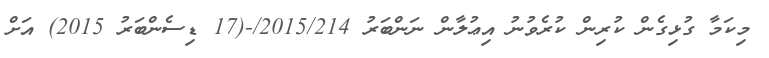
މިކަމާ ގުޅިގެން ކުރިން ކުރެވުނު އިޢުލާން ނަންބަރު 2015/214/-(17 ޑިސެންބަރު 2015) އަށް